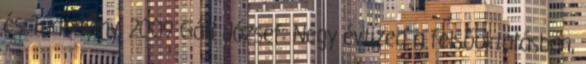
és Tudomány, 2009 Gáti József: Négy évtized a felsőoktatásban,